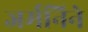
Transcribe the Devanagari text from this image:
जर्मनिने